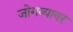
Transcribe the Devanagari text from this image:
जोगव्यावर